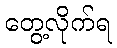
တွေ့လိုက်ရ